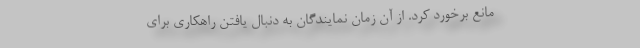
مانع برخورد کرد. از آن زمان نمایندگان به دنبال یافتن راهکاری برای